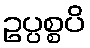
ဥပ္ပစ္စပိ